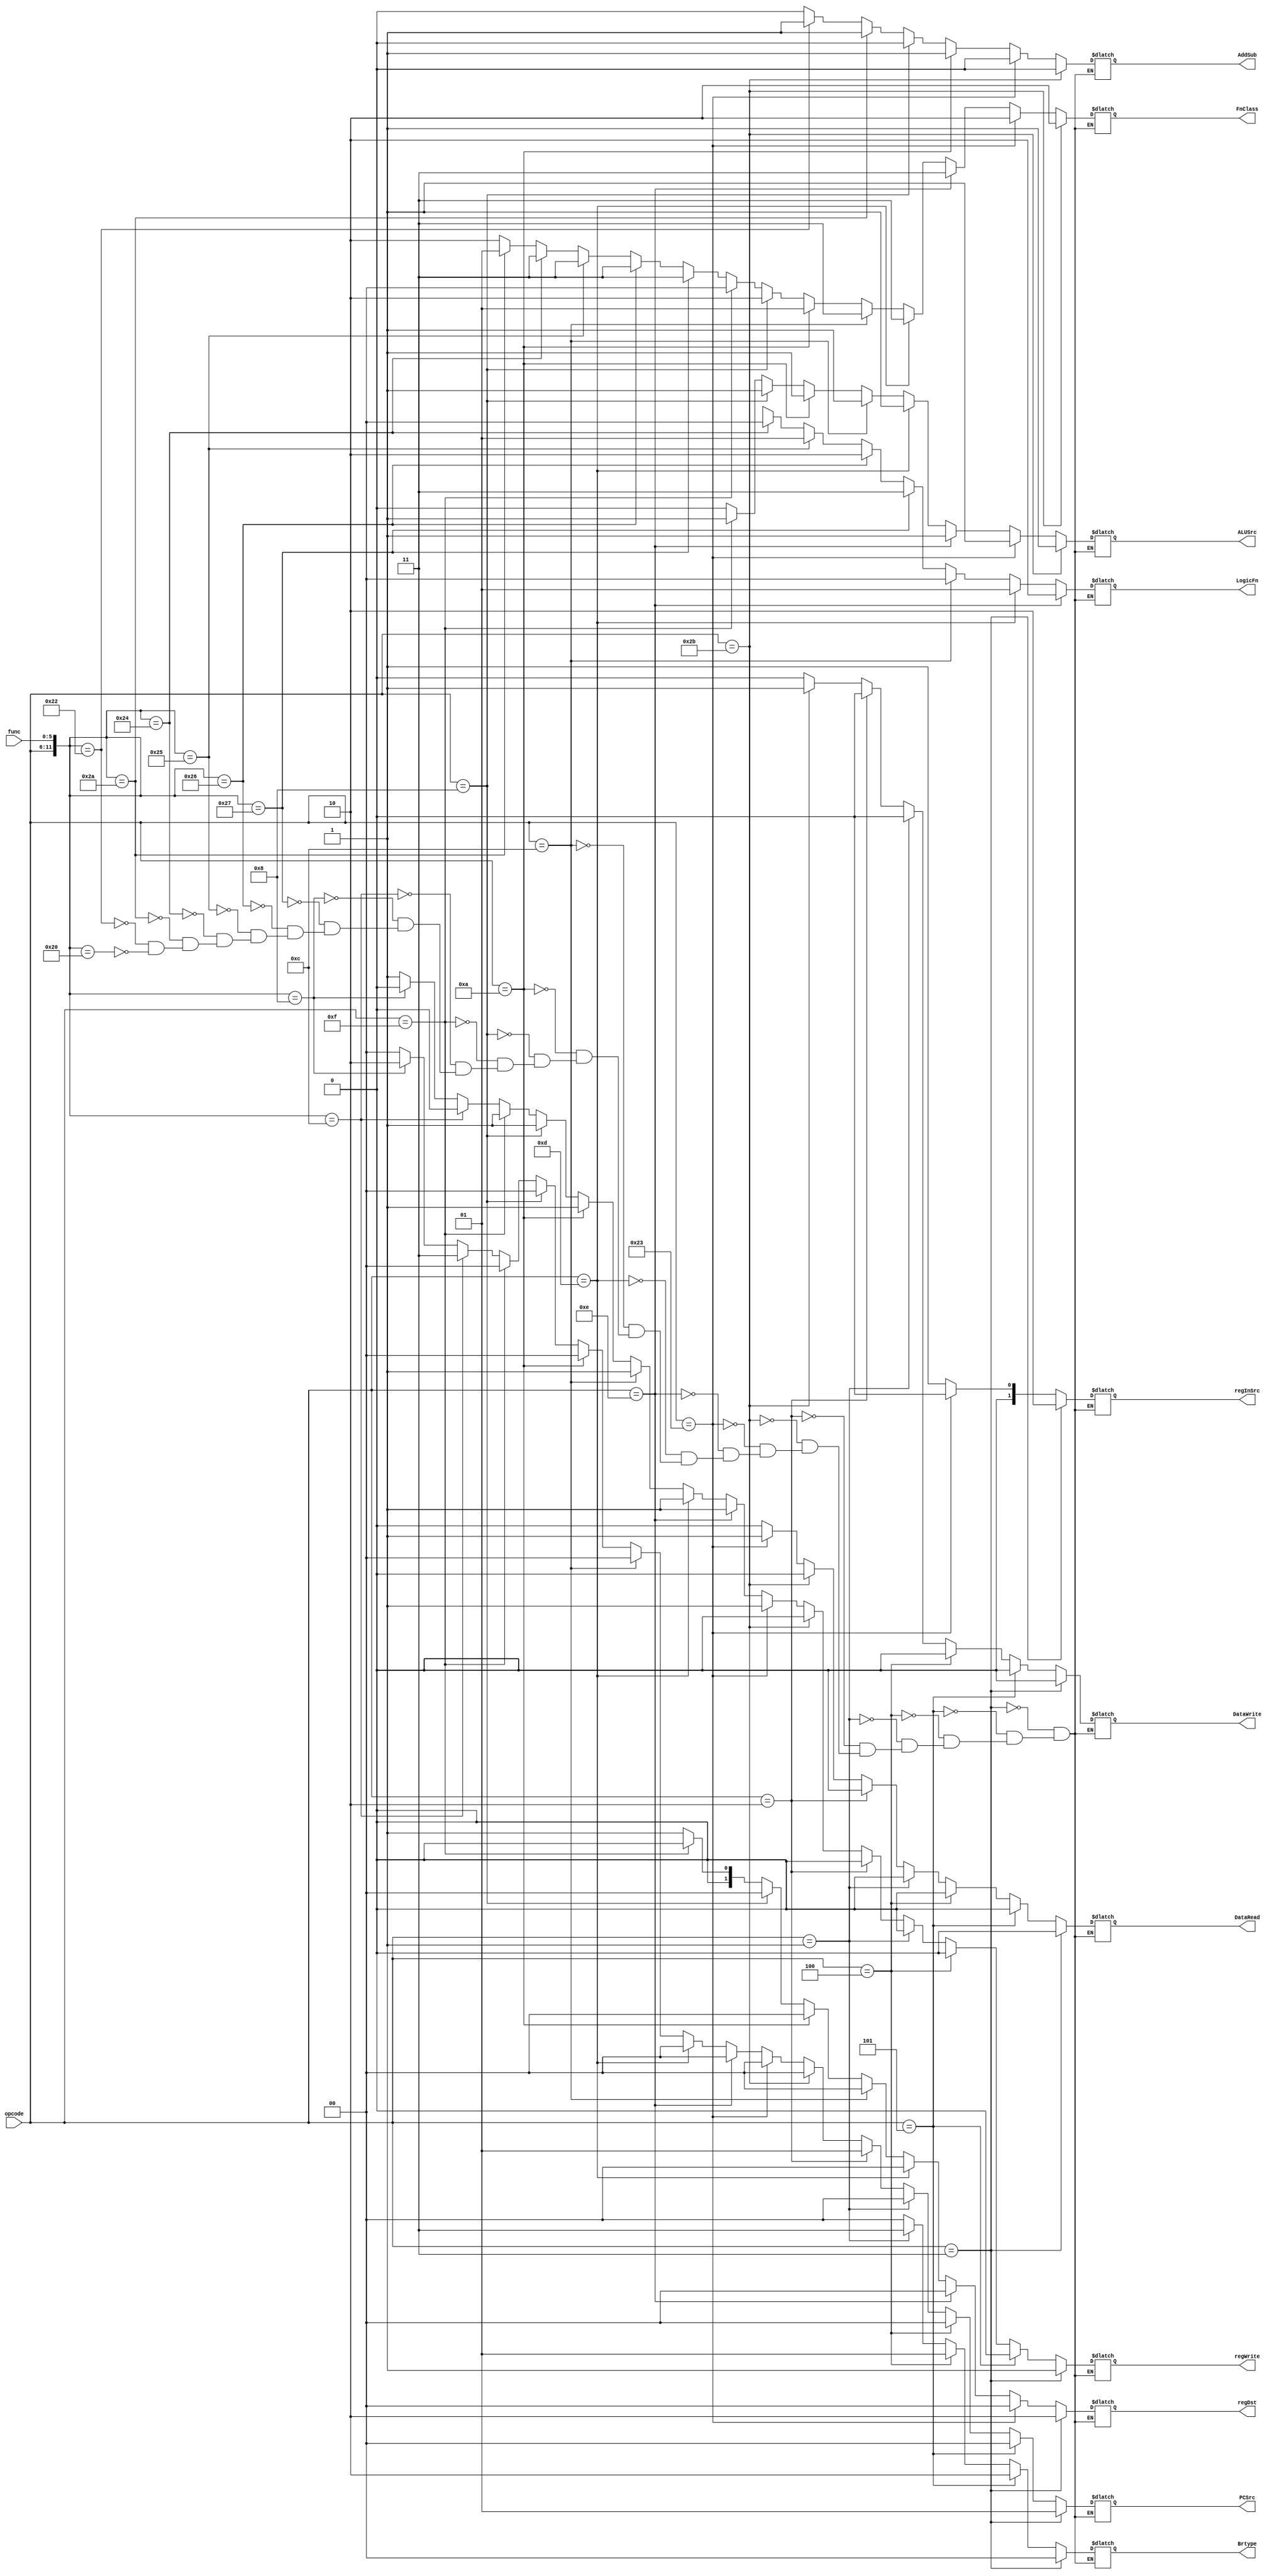
//verification done

module Control(/*rs,rt,rd,imm,pc,*/ opcode,func,regWrite,regDst,regInSrc,ALUSrc,AddSub,LogicFn,FnClass,DataRead,DataWrite,Brtype,PCSrc);

input [5:0] opcode,func;
output reg regWrite,ALUSrc,AddSub,DataRead,DataWrite;
output reg [1:0] regDst,regInSrc,LogicFn,FnClass,Brtype,PCSrc;

//reg [4:0] rs,rt,rd;
//reg [15:0] imm;
//reg [31:0] pc;

always @(*)
begin

if ({opcode,func}==12'b000000100000)   // add
begin
regWrite=1'b1;
regDst=2'b01;
regInSrc=2'b01;
ALUSrc=1'b0;
AddSub=1'b0;
LogicFn=2'bz;
FnClass=2'b10;
DataRead=1'b0;
DataWrite=1'b0;
Brtype=2'b00;
PCSrc=2'b00;


end

if ({opcode,func}==12'b000000100010)   //subtract
begin
regWrite=1'b1;
regDst=2'b01;
regInSrc=2'b01;
ALUSrc=1'b0;
AddSub=1'b1;
LogicFn=2'bz;
FnClass=2'b10;
DataRead=1'b0;
DataWrite=1'b0;
Brtype=2'b00;
PCSrc=2'b00;

end

if ({opcode,func}==12'b000000101010)   //set less than
begin
regWrite=1'b1;
regDst=2'b01;
regInSrc=2'b01;
ALUSrc=1'b0;
AddSub=1'b1;
LogicFn=2'bz;
FnClass=2'b01;
DataRead=1'b0;
DataWrite=1'b0;
Brtype=2'b00;
PCSrc=2'b00;

end

if ({opcode,func}==12'b000000100100)   //AND
begin
regWrite=1'b1;
regDst=2'b01;
regInSrc=2'b01;
ALUSrc=1'b0;
AddSub=1'bz;
LogicFn=2'b00;
FnClass=2'b11;
DataRead=1'b0;
DataWrite=1'b0;
Brtype=2'b00;
PCSrc=2'b00;

end

if ({opcode,func}==12'b000000100101)   //OR
begin
regWrite=1'b1;
regDst=2'b01;
regInSrc=2'b01;
ALUSrc=1'b0;
AddSub=1'bz;
LogicFn=2'b01;
FnClass=2'b11;
DataRead=1'b0;
DataWrite=1'b0;
Brtype=2'b00;
PCSrc=2'b00;

end

if ({opcode,func}==12'b000000100110)   //xor
begin
regWrite=1'b1;
regDst=2'b01;
regInSrc=2'b01;
ALUSrc=1'b0;
AddSub=1'bz;
LogicFn=2'b10;
FnClass=2'b11;
DataRead=1'b0;
DataWrite=1'b0;
Brtype=2'b00;
PCSrc=2'b00;

end

if ({opcode,func}==12'b000000100111)   //nor
begin
regWrite=1'b1;
regDst=2'b01;
regInSrc=2'b01;
ALUSrc=1'b0;
AddSub=1'bz;
LogicFn=2'b11;
FnClass=2'b11;
DataRead=1'b0;
DataWrite=1'b0;
Brtype=2'b00;
PCSrc=2'b00;

end

if ({opcode,func}==12'b000000001000)   //jump register
begin
regWrite=1'b0;
regDst=2'bz;
regInSrc=2'bz;
ALUSrc=1'bz;
AddSub=1'bz;
LogicFn=2'bz;
FnClass=2'bz;
DataRead=1'b0;
DataWrite=1'b0;
Brtype=2'bz;
PCSrc=2'b10;

end

if ({opcode,func}==12'b000000001100)   //system call
begin
regWrite=1'b0;
regDst=2'bz;
regInSrc=2'bz;
ALUSrc=1'bz;
AddSub=1'bz;
LogicFn=2'bz;
FnClass=2'bz;
DataRead=1'b0;
DataWrite=1'b0;
Brtype=2'bz;
PCSrc=2'b11;

end

if (opcode==6'b001111)   //load upper immediate
begin
regWrite=1'b1;
regDst=2'b00;
regInSrc=2'b01;
ALUSrc=1'b1;
AddSub=1'bz;
LogicFn=2'bz;
FnClass=2'b00;
DataRead=1'b0;
DataWrite=1'b0;
Brtype=2'b00;
PCSrc=2'b00;

end

if (opcode==6'b001000)   //add immediate
begin
regWrite=1'b1;
regDst=2'b00;
regInSrc=2'b01;
ALUSrc=1'b1;
AddSub=1'b0;
LogicFn=2'bz;
FnClass=2'b10;
DataRead=1'b0;
DataWrite=1'b0;
Brtype=2'b00;
PCSrc=2'b00;

end

if (opcode==6'b001010)   //set less than immediate
begin
regWrite=1'b1;
regDst=2'b00;
regInSrc=2'b01;
ALUSrc=1'b1;
AddSub=1'b1;
LogicFn=2'bz;
FnClass=2'b01;
DataRead=1'b0;
DataWrite=1'b0;
Brtype=2'b00;
PCSrc=2'b00;

end

if (opcode==6'b001100)   //AND immediate
begin
regWrite=1'b1;
regDst=2'b00;
regInSrc=2'b01;
ALUSrc=1'b1;
AddSub=1'bz;
LogicFn=2'b00;
FnClass=2'b11;
DataRead=1'b0;
DataWrite=1'b0;
Brtype=2'b00;
PCSrc=2'b00;

end

if (opcode==6'b001101)   //OR immediate
begin
regWrite=1'b1;
regDst=2'b00;
regInSrc=2'b01;
ALUSrc=1'b1;
AddSub=1'bz;
LogicFn=2'b01;
FnClass=2'b11;
DataRead=1'b0;
DataWrite=1'b0;
Brtype=2'b0;
PCSrc=2'b00;

end

if (opcode==6'b001110)   //XOR immediate
begin
regWrite=1'b1;
regDst=2'b00;
regInSrc=2'b01;
ALUSrc=1'b1;
AddSub=1'bz;
LogicFn=2'b10;
FnClass=2'b11;
DataRead=1'b0;
DataWrite=1'b0;
Brtype=2'b00;
PCSrc=2'b00;

end

if (opcode==6'b100011)   //Load word
begin
regWrite=1'b1;
regDst=2'b00;
regInSrc=2'b00;
ALUSrc=1'b1;
AddSub=1'b0;
LogicFn=2'bz;
FnClass=2'b10;
DataRead=1'b1;
DataWrite=1'b0;
Brtype=2'b00;
PCSrc=2'b00;

end

if (opcode==6'b101011)   //store word
begin
regWrite=1'b0;
regDst=2'bz;
regInSrc=2'bz;
ALUSrc=1'b1;
AddSub=1'b0;
LogicFn=2'bz;
FnClass=2'b10;
DataRead=1'b0;
DataWrite=1'b1;
Brtype=2'b00;
PCSrc=2'b00;

end

if (opcode==6'b000010)   //jump
begin
regWrite=1'b0;
regDst=2'bz;
regInSrc=2'bz;
ALUSrc=1'bz;
AddSub=1'bz;
LogicFn=2'bz;
FnClass=2'bz;
DataRead=1'b0;
DataWrite=1'b0;
Brtype=2'bz;
PCSrc=2'b01;

end

if (opcode==6'b000001)   //branch on less than 0
begin
regWrite=1'b0;
regDst=2'bz;
regInSrc=2'bz;
ALUSrc=1'bz;
AddSub=1'bz;
LogicFn=2'bz;
FnClass=2'bz;
DataRead=1'b0;
DataWrite=1'b0;
Brtype=2'b11;
PCSrc=2'b00;

end

if (opcode==6'b000100)   //branch on equal
begin
regWrite=1'b0;
regDst=2'bz;
regInSrc=2'bz;
ALUSrc=1'bz;
AddSub=1'bz;
LogicFn=2'bz;
FnClass=2'bz;
DataRead=1'b0;
DataWrite=1'b0;
Brtype=2'b01;
PCSrc=2'b00;

end

if (opcode==6'b000101)   //branch on not equal
begin
regWrite=1'b0;
regDst=2'bz;
regInSrc=2'bz;
ALUSrc=1'bz;
AddSub=1'bz;
LogicFn=2'bz;
FnClass=2'bz;
DataRead=1'b0;
DataWrite=1'b0;
Brtype=2'b10;
PCSrc=2'b00;

end

if (opcode==6'b000011)   //jump and link
begin
regWrite=1;
regDst=2'b10;
regInSrc=2'b10;
ALUSrc=1'bz;
AddSub=1'bz;
LogicFn=2'bz;
FnClass=2'bz;
DataRead=1'b0;
DataWrite=1'b0;
Brtype=2'b00;
PCSrc=2'b01;

end


end

endmodule